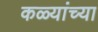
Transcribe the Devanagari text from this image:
कळ्यांच्या